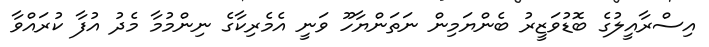
އިސްރާއީލުގެ ބޮޑުވަޒީރު ބެންޔަމިން ނަތަންޔާހޫ ވަނީ އެމެރިކާގެ ނިންމުމާ މެދު އުފާ ކުރައްވާ